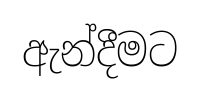
ඇන්දීමට